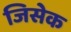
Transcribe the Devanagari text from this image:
जिसेक